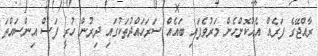
ރާއްޖޭގެ ފަރެއް އެއްކޮށްހެން މަރުވެފައި ބައެއް ސަރަހައްދުތަކުގައި ދިރުން ހުރީ ފަސް އިންސައްތަ